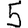
Digit: 5